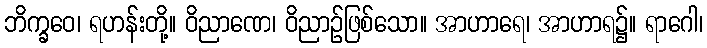
ဘိက္ခဝေ၊ ရဟန်းတို့။ ဝိညာဏေ၊ ဝိညာဉ်ဖြစ်သော။ အာဟာရေ၊ အာဟာရ၌။ ရာဂေါ၊